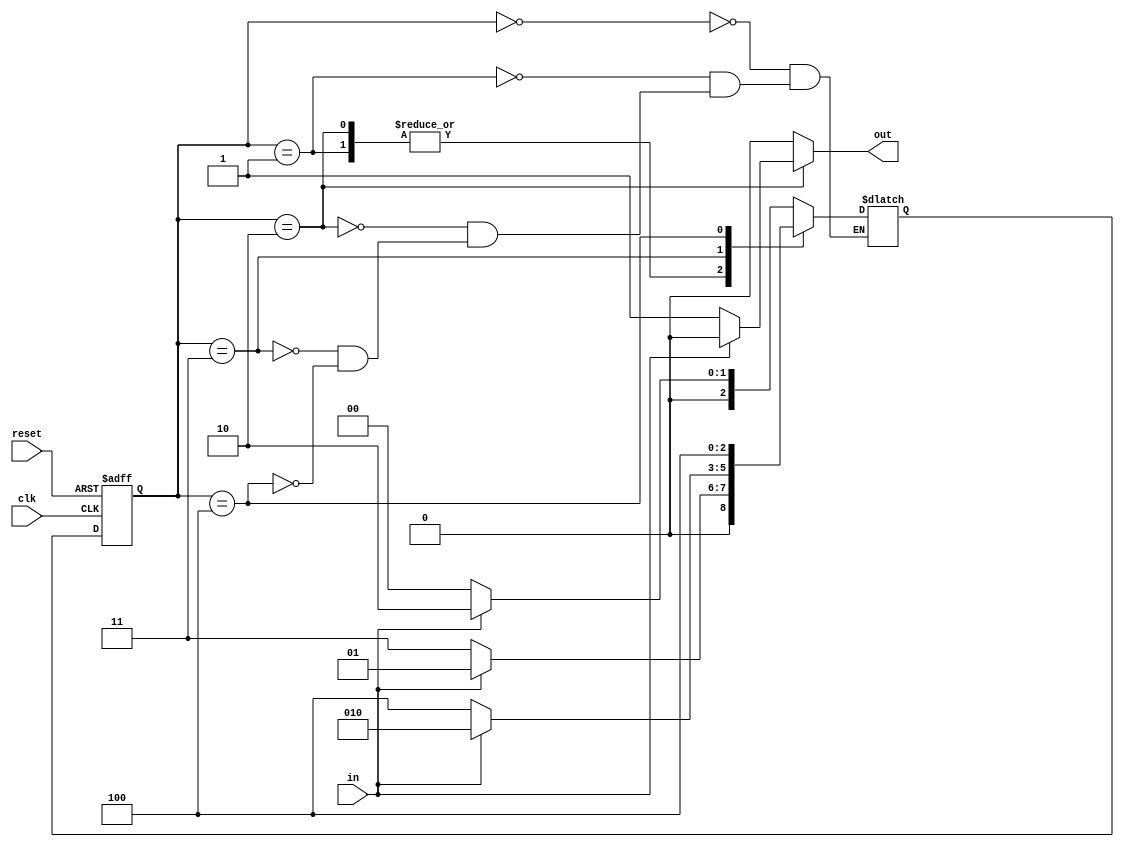
`timescale 1ns / 1ps
//////////////////////////////////////////////////////////////////////////////////
// Company: 
// Engineer: 
// 
// Design Name: 
// Module Name:    recognizer_Mealy 
// Project Name: 
// Target Devices: 
// Tool versions: 
// Description: 
//
// Dependencies: 
//
// Revision: 
// Revision 0.01 - File Created
// Additional Comments: 
//
//////////////////////////////////////////////////////////////////////////////////
module recognizer_Mealy(
    input clk,
    input in,
    input reset,
    output reg out
    );
	 
	 parameter S0 = 3'b000, S1 = 3'b001, S2 = 3'b010, S3 = 3'b011, S4 = 3'b100;
	 reg [2:0] state, next = 3'b000;

	 always @ (posedge clk or posedge reset)
	 begin
		if (reset) state <= S0;
		else state <= next;
	 end
	 
	 always @ (*)
	 begin
		out = 0;
		case (state)
		S0: 
			if (in == 1'b1) next = S2;
			else next = S0;
		S1:
			if (in == 1'b1) next = S1;
			else next = S3;
		S2:
			if (in == 1'b1) next = S1;
			else 
			begin 
				next = S3;
				out = 1;
			end
		S3:
			if (in == 1'b1) next = S2;
			else next = S4;
		S4:
			next = S4;
		endcase
	 end

endmodule